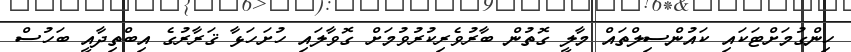
ހިންގުމަށްޓަކައި ކައުންސިލްތައް މާލީ ގޮތުން ބާރުވެރިކުރުވުމަށް ގޮވާލައި ހުށަހަޅާ ޤަރާރުގެ އިބްތިދާއީ ބަހުސް